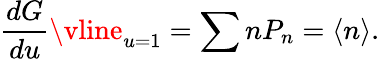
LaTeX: \frac{dG}{du}\vline_{u=1}=\sum nP_{n}=\langle n\rangle.